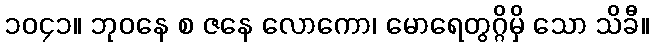
၁၀၄၁။ ဘုဝနေ စ ဇနေ လောကော၊ မောရေတွဂ္ဂိမှိ သော သိခီ။